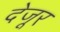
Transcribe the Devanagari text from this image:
देजूर